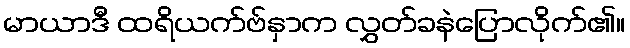
မာယာဒီ ထရိယက်ဗ်နှာက လွှတ်ခနဲပြောလိုက်၏။